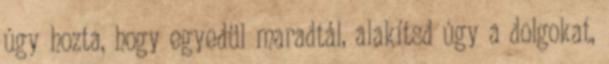
úgy hozta, hogy egyedül maradtál, alakítsd úgy a dolgokat,